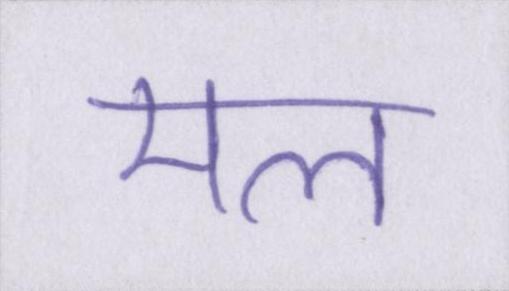
मल